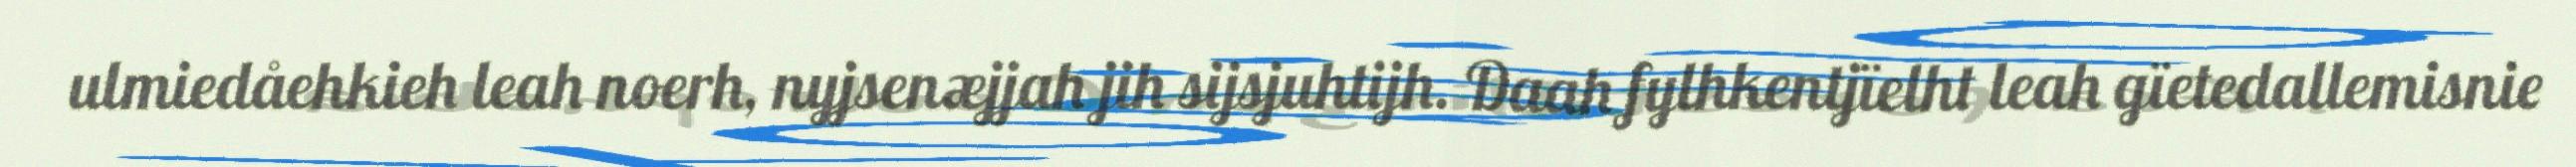
ulmiedåehkieh leah noerh, nyjsenæjjah jih sijsjuhtijh. Daah fylhkentjïelht leah gïetedallemisnie